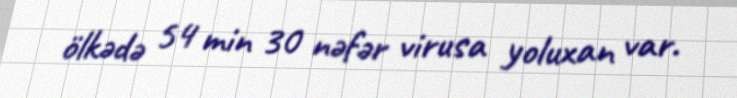
ölkədə 54 min 30 nəfər virusa yoluxan var.